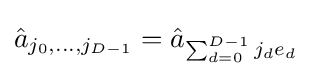
{\hat {a}}_{j_{0},\dots ,j_{D-1}}={\hat {a}}_{\sum _{d=0}^{D-1}j_{d}e_{d}}